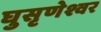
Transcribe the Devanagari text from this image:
घुसृणेश्वर